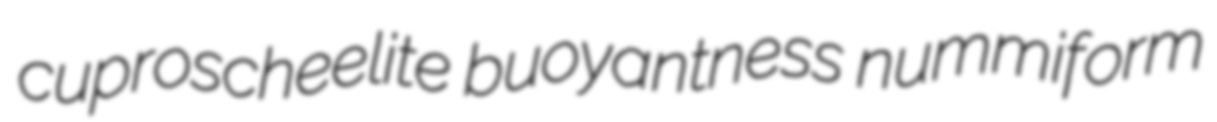
cuproscheelite buoyantness nummiform